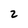
Character: 2